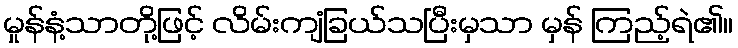
မှုန်နံ့သာတို့ဖြင့် လိမ်းကျံခြယ်သပြီးမှသာ မှန် ကြည့်ရဲ၏။